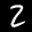
Label: 2